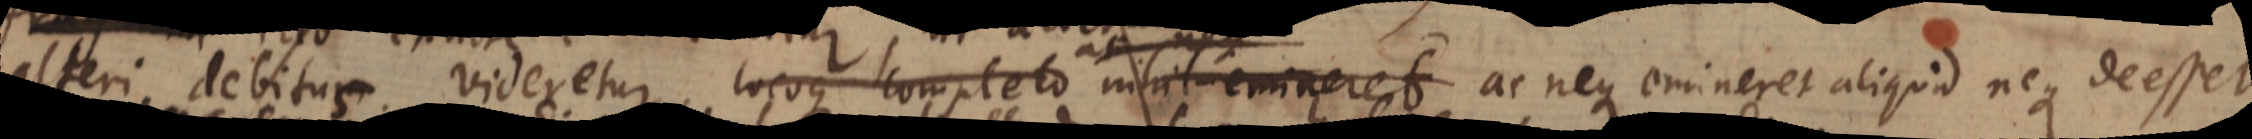
alteri debitus videretur, locoque completo nihil emineret ac neque emineret aliquid neque deesset.